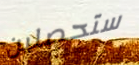
ستحصلين